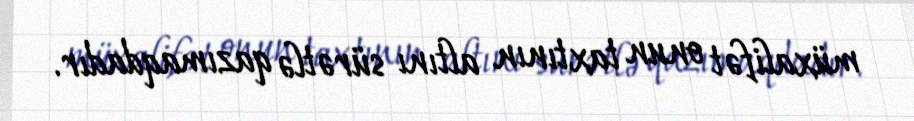
müxalifət onun taxtının altını sürətlə qazımaqdadır.